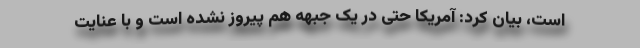
است، بیان کرد: آمریکا حتی در یک جبهه هم پیروز نشده است و با عنایت